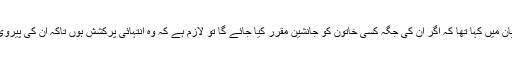
دلائی لامہ نے رواں برس اپنے ایک بیان میں کہا تھا کہ اگر ان کی جگہ کسی خاتون کو جانشین مقرر کیا جائے گا تو لازم ہے کہ وہ انتہائی پرکشش ہوں تاکہ ان کی پیروی کرنے والے افراد اسے دیکھتے رہیں۔